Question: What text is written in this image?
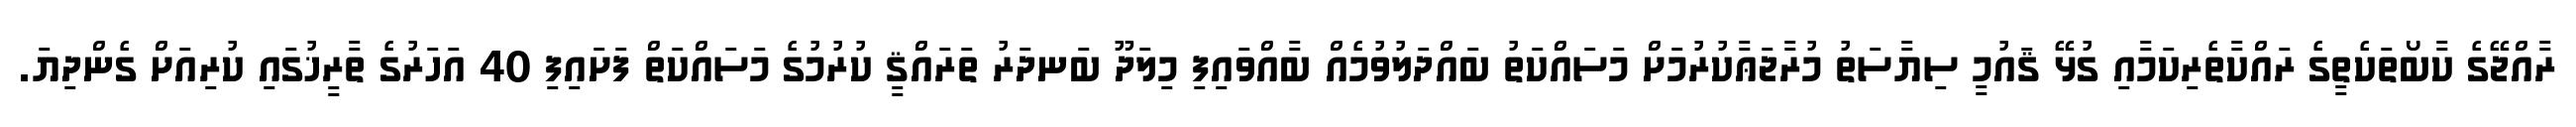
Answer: ރާއްޖޭގެ ކާބޯތަކެތީގެ ރައްކާތެރިކަމާއި ގުޅޭ ޤައުމީ ސިޔާސަތު މުރާޖަޢާކުރުމަށް މަސައްކަތު ބައްދަލުވުމެއް ބާއްވައިފި މިލަދޫ ބަނދަރު ތަރައްޤީ ކުރުމުގެ މަސައްކަތް ފަށައިފި 40 އަހަރުގެ ތާރީޚުގައި ކުރިއަށް ގެންދިޔަ.